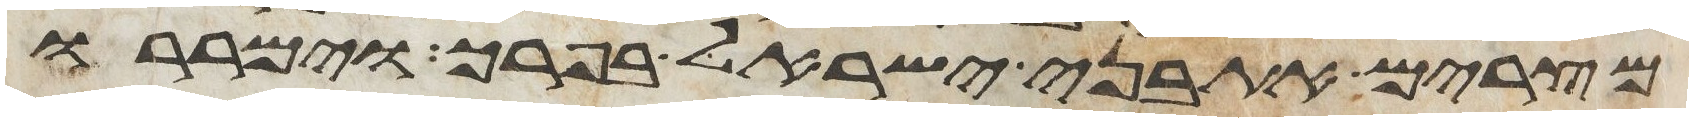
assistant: מצרים את בני ישראל בפרך וימררו